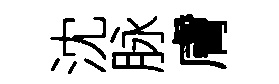
沈脉膚